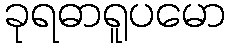
ခုရဓာရူပမော